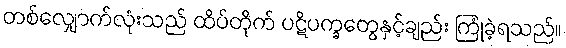
တစ်လျှောက်လုံးသည် ထိပ်တိုက် ပဋိပက္ခတွေနှင့်ချည်း ကြုံခဲ့ရသည်။